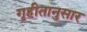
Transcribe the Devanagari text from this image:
गृहीतानुसार